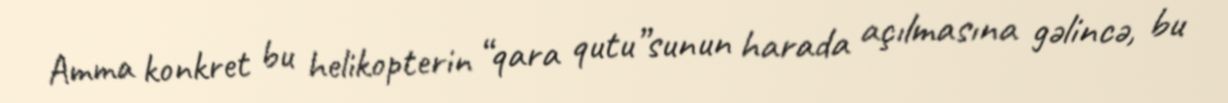
Amma konkret bu helikopterin “qara qutu”sunun harada açılmasına gəlincə, bu